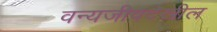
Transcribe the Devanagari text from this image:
वन्यजीवदेखील